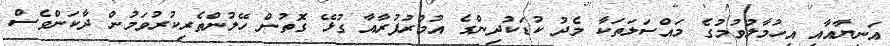
އަނިޔާއާއި އިހުމާލުވުމުގެ މައްސަލަތަކާ މެދު ކުޑަކުދިންގެ އުމުރުފުރާއާ ގުޅޭ ގޮތުން ހޭލުންތެރިކުރުވަމުން ދާކަންވެސް